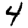
Digit: 4